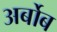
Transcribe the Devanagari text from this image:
अर्बोब